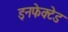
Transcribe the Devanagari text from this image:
इनफेक्टेड